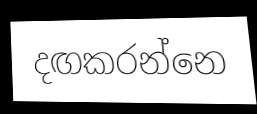
දඟකරන්නෙ